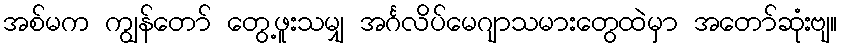
အစ်မက ကျွန်တော် တွေ့ဖူးသမျှ အင်္ဂလိပ်မေဂျာသမားတွေထဲမှာ အတော်ဆုံးဗျ။